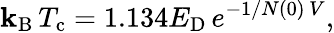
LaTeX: \mathbf{k}_{\mathrm{{{B}}}}\, T_{\mathrm{{{c}}}}=1.134E_{\mathrm{{{D}}}}\, {e^{-1/N(0)\, V}},